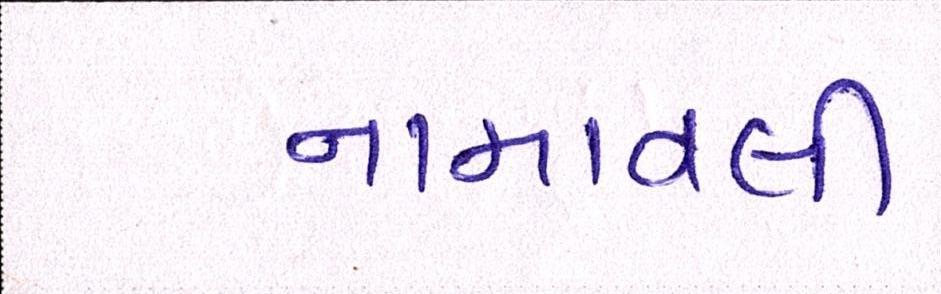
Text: નામાવલી